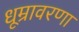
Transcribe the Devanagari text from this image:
धूम्रावरणा